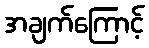
အချက်ကြောင့်